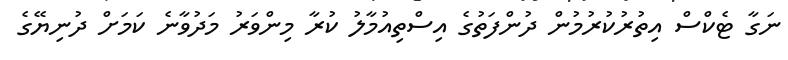
ނަގާ ޓެކްސް އިތުރުކުރުމުން ދުންފަތުގެ އިސްތިއުމާލު ކުރާ މިންވަރު މަދުވާނެ ކަމަށް ދުނިޔޭގެ